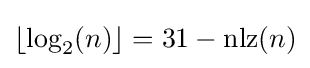
\lfloor \log _{2}(n)\rfloor =31-\operatorname {nlz} (n)